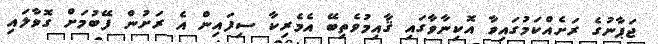
ޖަޕާނުގެ ރަށެއްކަމުގައިވާ އޮކިނާވާގައި ޤާއިމުވެތިބޭ އެމެރިކާ ސިފައިން އެ ރަށުން ފޭބުމަށް ގޮވާލައި